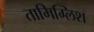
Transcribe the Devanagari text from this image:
तामिग्लिश